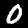
Label: 0